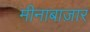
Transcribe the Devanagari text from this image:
मीनाबाज़ार